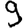
Digit: 9